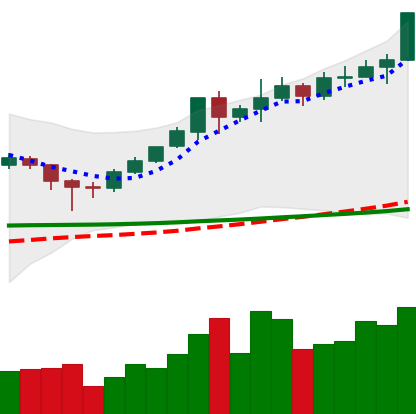
Ticker: XMR-USD
Chart end date: 2020-02-09
Forward return: 8.218%
Label: up_7plus